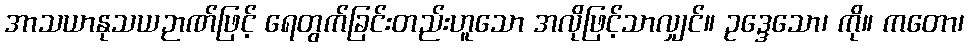
အာသယာနုသယဉာဏ်ဖြင့် ရေတွက်ခြင်းတည်းဟူသော အလိုဖြင့်သာလျှင်။ ဥဒ္ဒေသော၊ ကို။ ကတော၊